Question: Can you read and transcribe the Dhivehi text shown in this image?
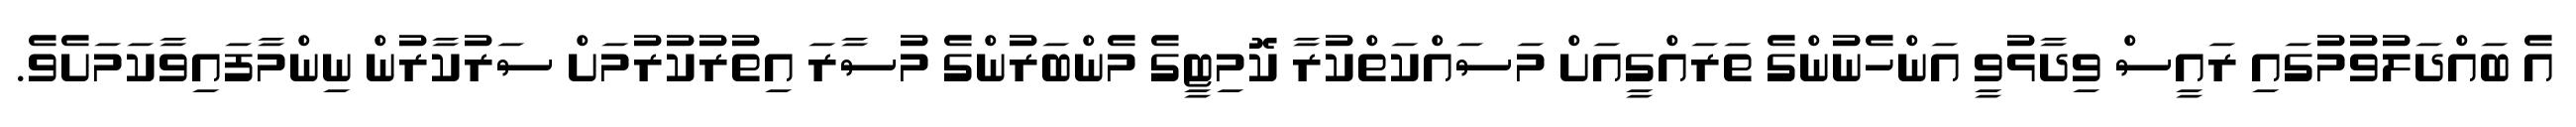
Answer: އެ ބައްދަލުވުމުގައި ރައީސް ވިދާޅުވީ އަންހެނުންގެ ތަރައްގީއަށް މަސައްކަތްކުރާ ކޮމިޓީގެ މެންބަރުންގެ މުސާރަ އިތުރުކުރުމަށް ސަރުކާރުން ނިންމާފައިވާކަމަށެވެ.